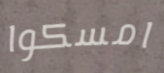
امسكوا